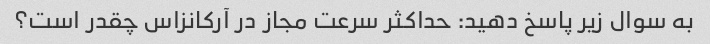
به سوال زیر پاسخ دهید: حداکثر سرعت مجاز در آرکانزاس چقدر است؟